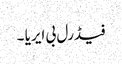
فیڈرل بی ایریا ۔